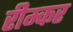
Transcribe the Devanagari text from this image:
रीम्कर